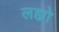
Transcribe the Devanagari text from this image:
लह्यो